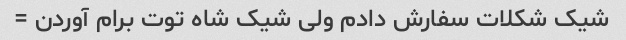
شیک شکلات سفارش دادم ولی شیک شاه توت برام آوردن =